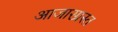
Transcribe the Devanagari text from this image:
आजारग्रस्त